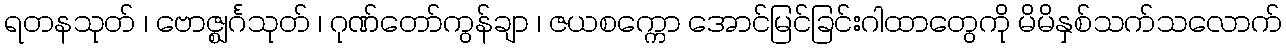
ရတနသုတ် ၊ ဗောဇ္ဈင်္ဂသုတ် ၊ ဂုဏ်တော်ကွန်ချာ ၊ ဇယစက္ကော အောင်မြင်ခြင်းဂါထာတွေကို မိမိနှစ်သက်သလောက်